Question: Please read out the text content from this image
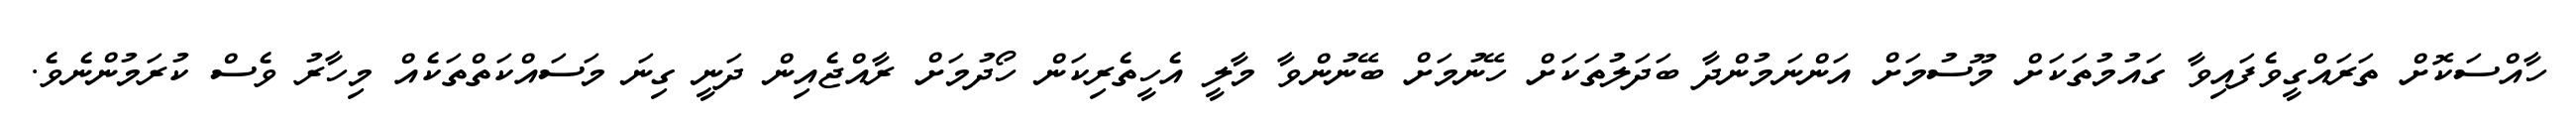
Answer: ހާއްސަކޮށް ތަރައްގީވެފައިވާ ގައުމުތަކަށް މޫސުމަށް އަންނަމުންދާ ބަދަލުތަކަށް ހޭނުމަށް ބޭނުންވާ މާލީ އެހީތެރިކަން ހޯދުމަށް ރާއްޖެއިން ދަނީ ގިނަ މަސައްކަތްތަކެއް މިހާރު ވެސް ކުރަމުންނެވެ.